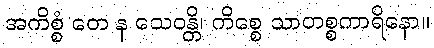
အကိစ္စံ တေ န သေဝန္တိ၊ ကိစ္စေ သာတစ္စကာရိနော။